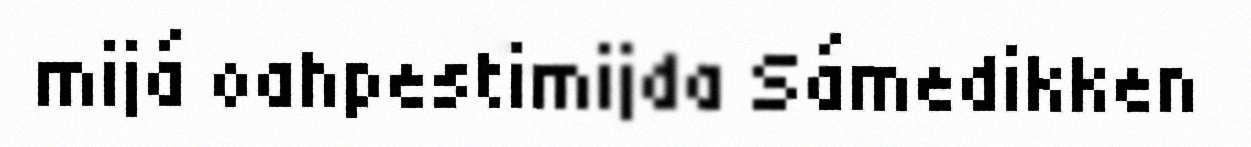
mijá oahpestimijda Sámedikken